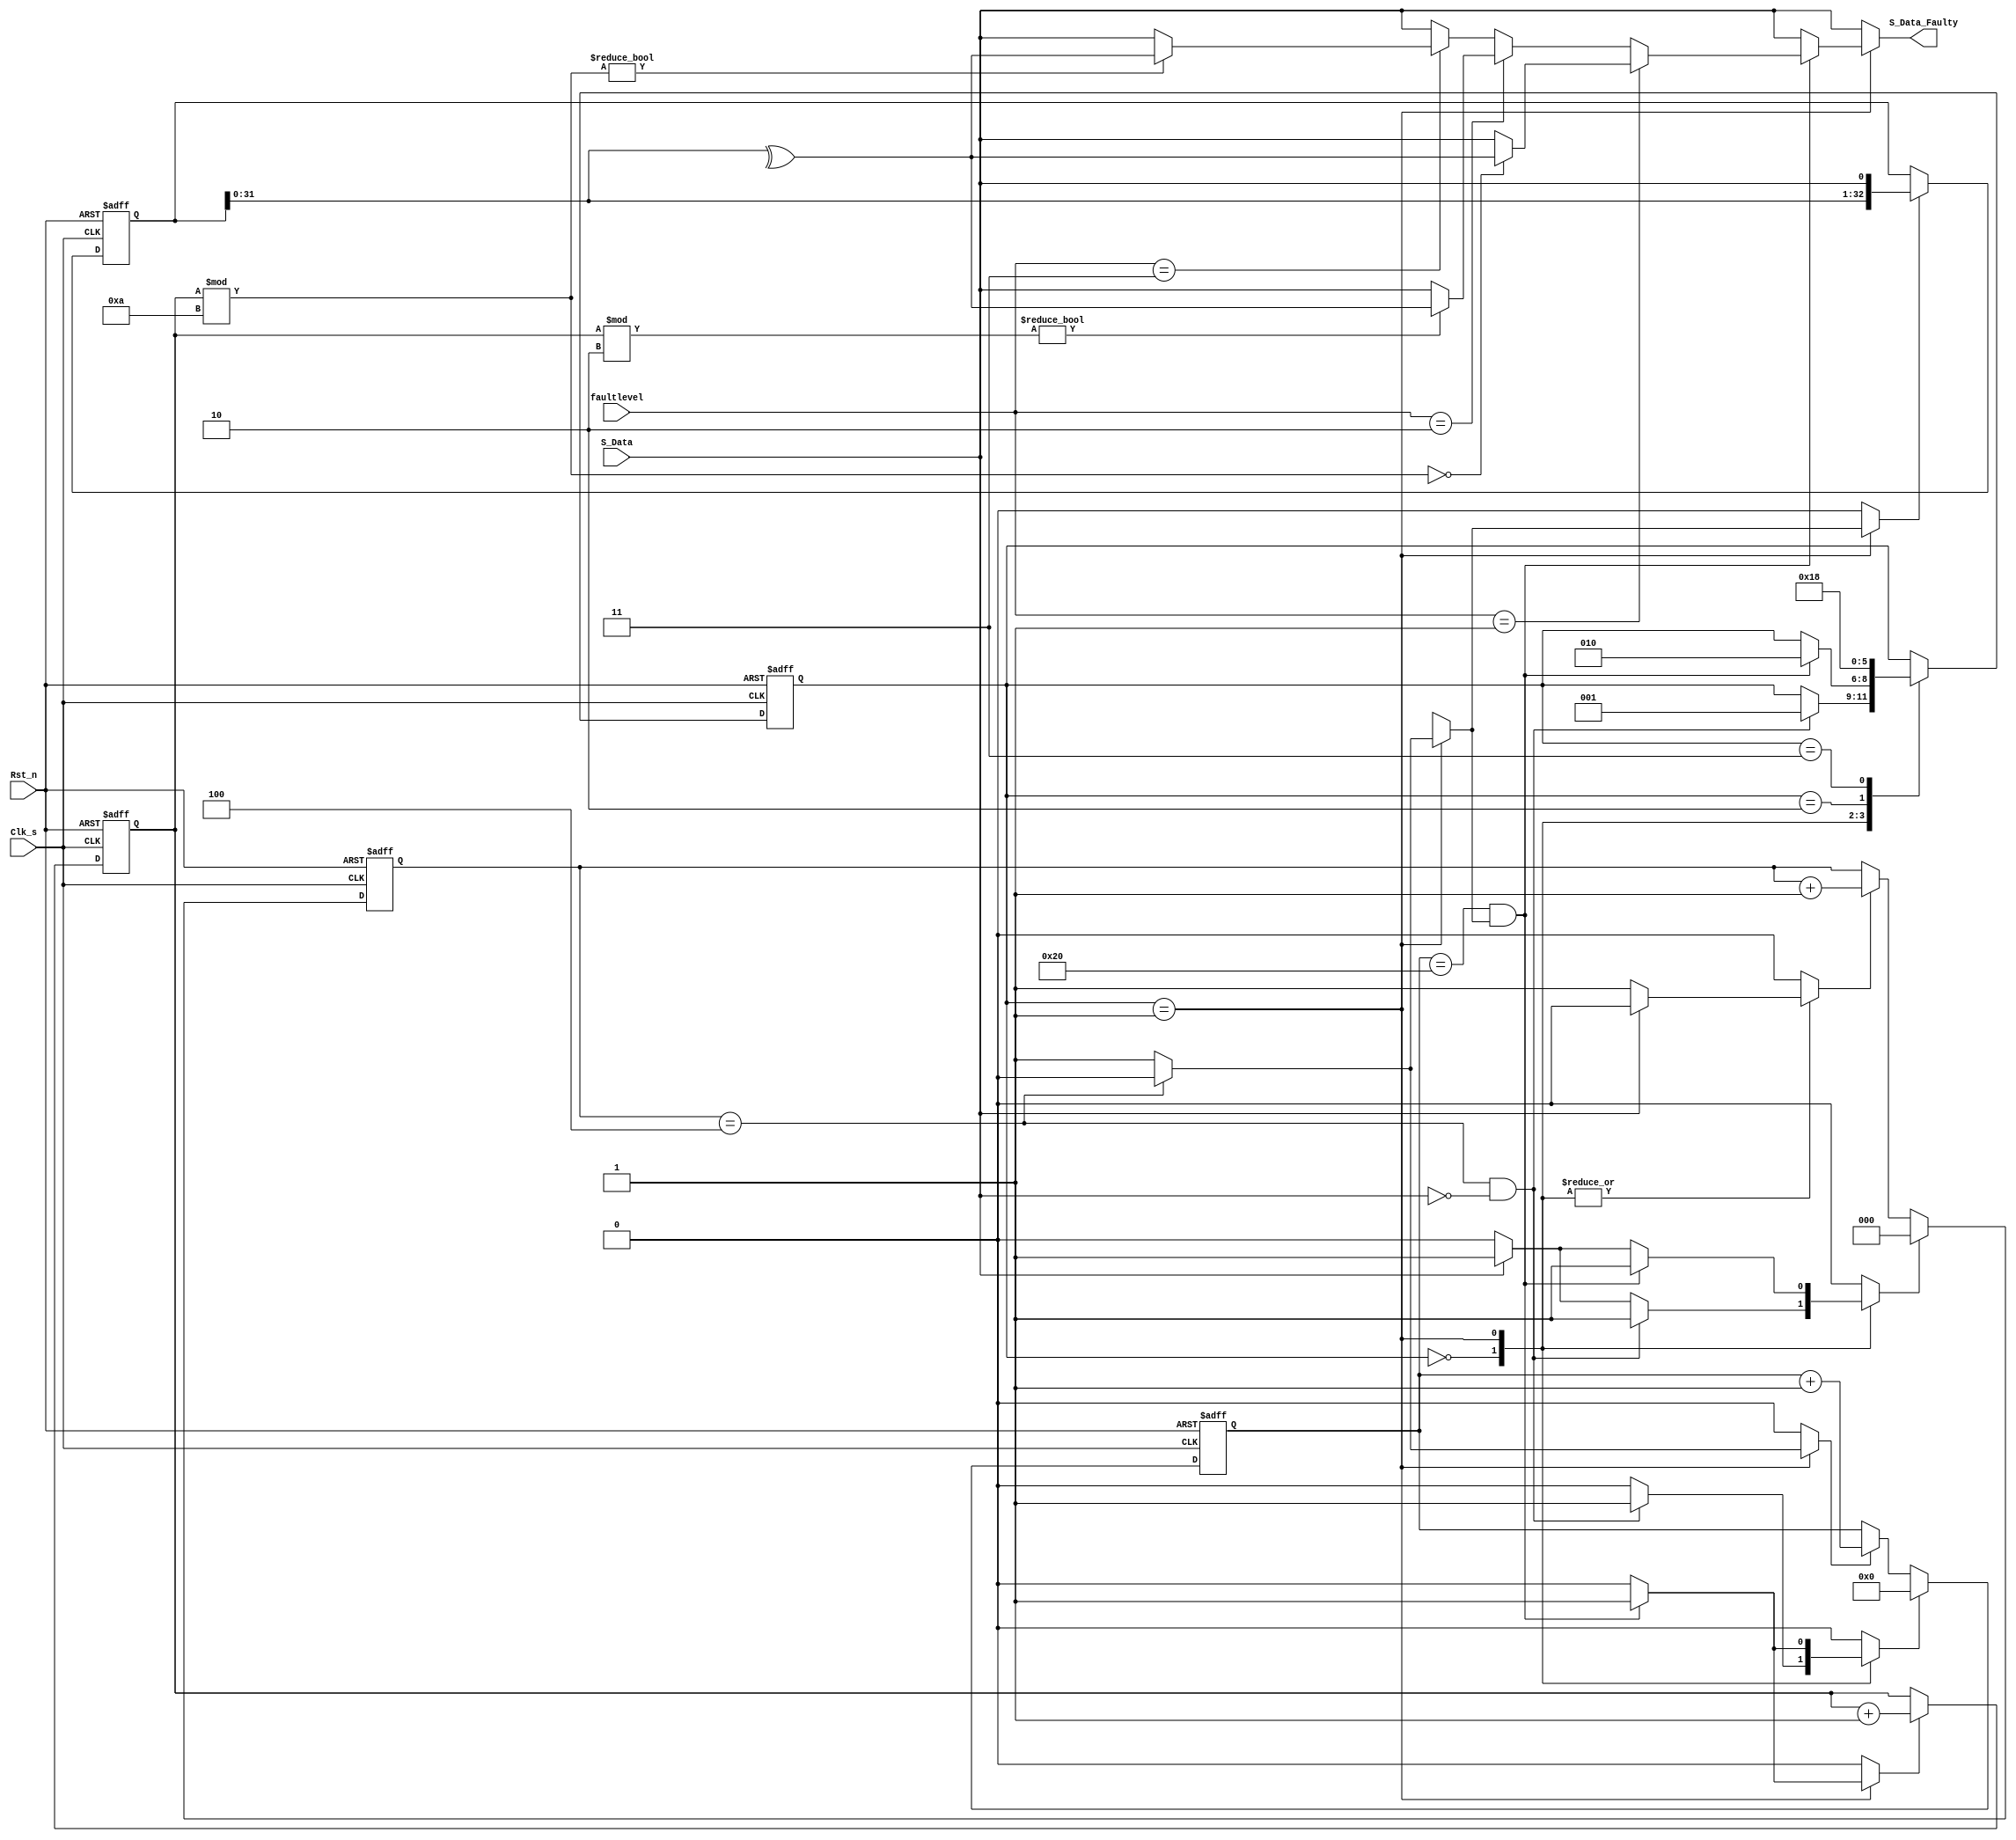


`timescale 1 ns / 10 ps

module FaultyTx(input Clk_s,Rst_n,
          input [1:0] faultlevel,  //00 no faults //50% faults //90% faults
          input S_Data, 
          output reg S_Data_Faulty);
  
  localparam  IDLE                    = 3'b000,
              RX_DATABITS             = 3'b001,
              CHK_RXERROR             = 3'b010,
              WAIT_RCVREADY           = 3'b011;
           //   WAIT_RCVREADY_TOGO_LOW  = 3'b100; 
          
  reg [2:0]   zero_cntr;
  reg [5:0]   bit_cntr;
  reg [2:0]   state,nxt_state;
  reg [32:0]  rxpkt_reg;
  reg [31:0]  RxData;
  reg         clr_zerocntr,en_zerocntr,clr_bitcntr,en_bitcntr,
              shift_rxpktreg, nxt_Rx_Error,Rx_Error_delayed,clr_Rx_Error,RxData_Valid,en_errors_issued;
  reg [9:0]  pkts_issued;
  reg [4:0] ind;  //32 pkts is the limit
  reg [31:0] rcvdpkts [0:31];
  reg incr_pkts_issued;
  
  always @(posedge Clk_s, negedge Rst_n) begin
    if (!Rst_n) begin
        zero_cntr <= 3'b0;
        bit_cntr  <= 6'b0;
        rxpkt_reg <= 33'b0;
        state     <= IDLE;
        pkts_issued <= 0;
        ind         <= 0;
    end    
    else  begin
      state       <= nxt_state;
      
      if(clr_Rx_Error)  Rx_Error_delayed = 1'b0;
      else              Rx_Error_delayed = nxt_Rx_Error; 
        
      if (clr_zerocntr)       zero_cntr <= 3'b0;
      else if (en_zerocntr)   zero_cntr <= zero_cntr + 1;
      
      if (clr_bitcntr)        bit_cntr  <= 6'b0;
      else if (en_bitcntr)    bit_cntr  <= bit_cntr + 1;
        
      if(incr_pkts_issued)    pkts_issued <= pkts_issued + 1;
        
      if (shift_rxpktreg)rxpkt_reg <= {rxpkt_reg[31:0],S_Data};
      
       //if(incr_rcvdpkts) begin
       // rcvdpkts[ind] <= rxpkt_reg[32:1];
       // ind <= ind + 1;
       // $strobe("%t Rcvd Pkt: %h", $time, rxpkt_reg[32:1]);
      // end   
    end
  end
  
//assign Rx_Error = nxt_Rx_Error | Rx_Error_delayed;
    //assign Rx_Error = nxt_Rx_Error;
  //assign Rx_Error_out = Rx_Error;
  //assign Rx_Ready_out = Rx_Ready;
  
  always @ (*)  begin
    nxt_state     = state;
    clr_zerocntr  = 1'b0;
    en_zerocntr   = 1'b0;
    clr_bitcntr   = 1'b0;
    en_bitcntr    = 1'b0;
    shift_rxpktreg= 1'b0;
    //Rx_Ready      = 1'b0;   
    RxData        = 33'b0;
    nxt_Rx_Error  = 1'b0;
    RxData_Valid  = 1'b0;
    clr_Rx_Error  = 1'b0;
    en_errors_issued = 1'b0;
    incr_pkts_issued  = 0;
    S_Data_Faulty    = S_Data;
     
    case (state)
          IDLE: begin
                //  Rx_Ready  = 1'b1;
                  if (!S_Data) en_zerocntr = 1'b1;
                  else         clr_zerocntr = 1'b1;
                  if ((zero_cntr == 3'd4) && (!S_Data)) begin //5th zero detected correctly    
                    nxt_state = RX_DATABITS;
                    clr_zerocntr = 1'b1;
                    clr_bitcntr  = 1'b1; 
                  end  
                end
             RX_DATABITS: begin                           
                          shift_rxpktreg = 1'b1;
                          en_bitcntr = 1'b1;
                          
                          if(zero_cntr == 3'd4) begin        //5th bit after 4 zeroes is a stuff bit 
                            shift_rxpktreg = 1'b0;
                            en_bitcntr = 1'b0;
                          end
    
                          if (!S_Data)  en_zerocntr = 1'b1;  //count the no of zeros transmitted
                          else          clr_zerocntr = 1'b1;
                            
                          //33bit can be stuffed bit or parity bit.. move to CHK_RXERR on receiving parity bit  
                          if ((bit_cntr == 6'd32) && (shift_rxpktreg)) begin 
                            nxt_state = CHK_RXERROR;
                            clr_zerocntr = 1'b1;
                            clr_bitcntr = 1'b1;
                            
                            incr_pkts_issued = 1'b1;
                            if (faultlevel == 2'd1) begin
                             if ((pkts_issued%10) == 0)
                               S_Data_Faulty = ^(rxpkt_reg[31:0]); //issue  1%faults
                            end   
                            else if (faultlevel == 2'd2) begin
                              if ((pkts_issued%2) != 0)
                               S_Data_Faulty = ^(rxpkt_reg[31:0]); //issue  50%faults
                            end
                           else if (faultlevel == 2'd3) begin
                             if ((pkts_issued%10) != 0)
                               S_Data_Faulty = ^(rxpkt_reg[31:0]); //issue  90%faults
                          end            
                         end  //parity bit check if
                         
                        end
                      
            CHK_RXERROR: begin
                          if (rxpkt_reg[0] != ~^(rxpkt_reg[32:1])) begin
                            nxt_Rx_Error = 1'b1; end
                            //nxt_Rx_Error = $random;
                            //nxt_state = IDLE;
                          //end
                          //else begin
                           if (nxt_Rx_Error) en_errors_issued = 1'b1;
                           nxt_state = WAIT_RCVREADY;
                          //end 
                        end                         
                                       
            WAIT_RCVREADY: begin
                            //if (Core_Rcv_Ready) begin
                              RxData_Valid = 1'b1;
                              RxData       = rxpkt_reg[32:1];
                              //nxt_state    = WAIT_RCVREADY_TOGO_LOW;
                              nxt_state    = IDLE;
                              clr_Rx_Error  = 1'b1;
                            //  incr_rcvdpkts = 1'b1;
                            //end  
                        end 
            /*WAIT_RCVREADY_TOGO_LOW: begin
                                      RxData_Valid = 1'b1;
                                      RxData       = rxpkt_reg[32:1];
                                      if (!Core_Rcv_Ready) begin
                                        RxData_Valid = 1'b0;
                                        nxt_state    = IDLE;
                                      end  
                                    end
            */                        
      endcase
  end
  
endmodule